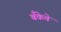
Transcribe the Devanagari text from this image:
बॅँकेचे